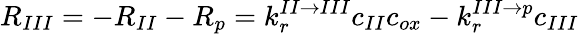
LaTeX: R_{III}=-R_{II}-R_{p}=k_{r}^{II\rightarrow III}c_{II}c_{ox}-k_{r}^{III\rightarrow p}c_{III}